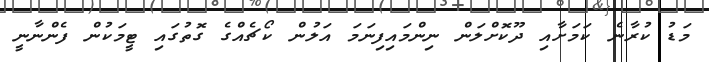
މަޑު ކުރާނެ ކަމަށާއި ދޫކޮށްލަން ނިންމައިފިނަމަ އަލުން ކޯޗެއްގެ ގޮތުގައި ޓީމަކުން ފެންނާނީ